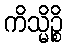
ကိသ္မိဉ္စိ